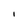
Character: l